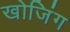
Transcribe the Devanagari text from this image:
खोजिंग